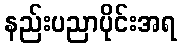
နည်းပညာပိုင်းအရ